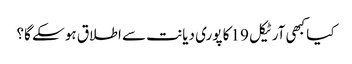
کیا کبھی آرٹیکل 19 کا پوری دیانت سے اطلاق ہو سکے گا؟